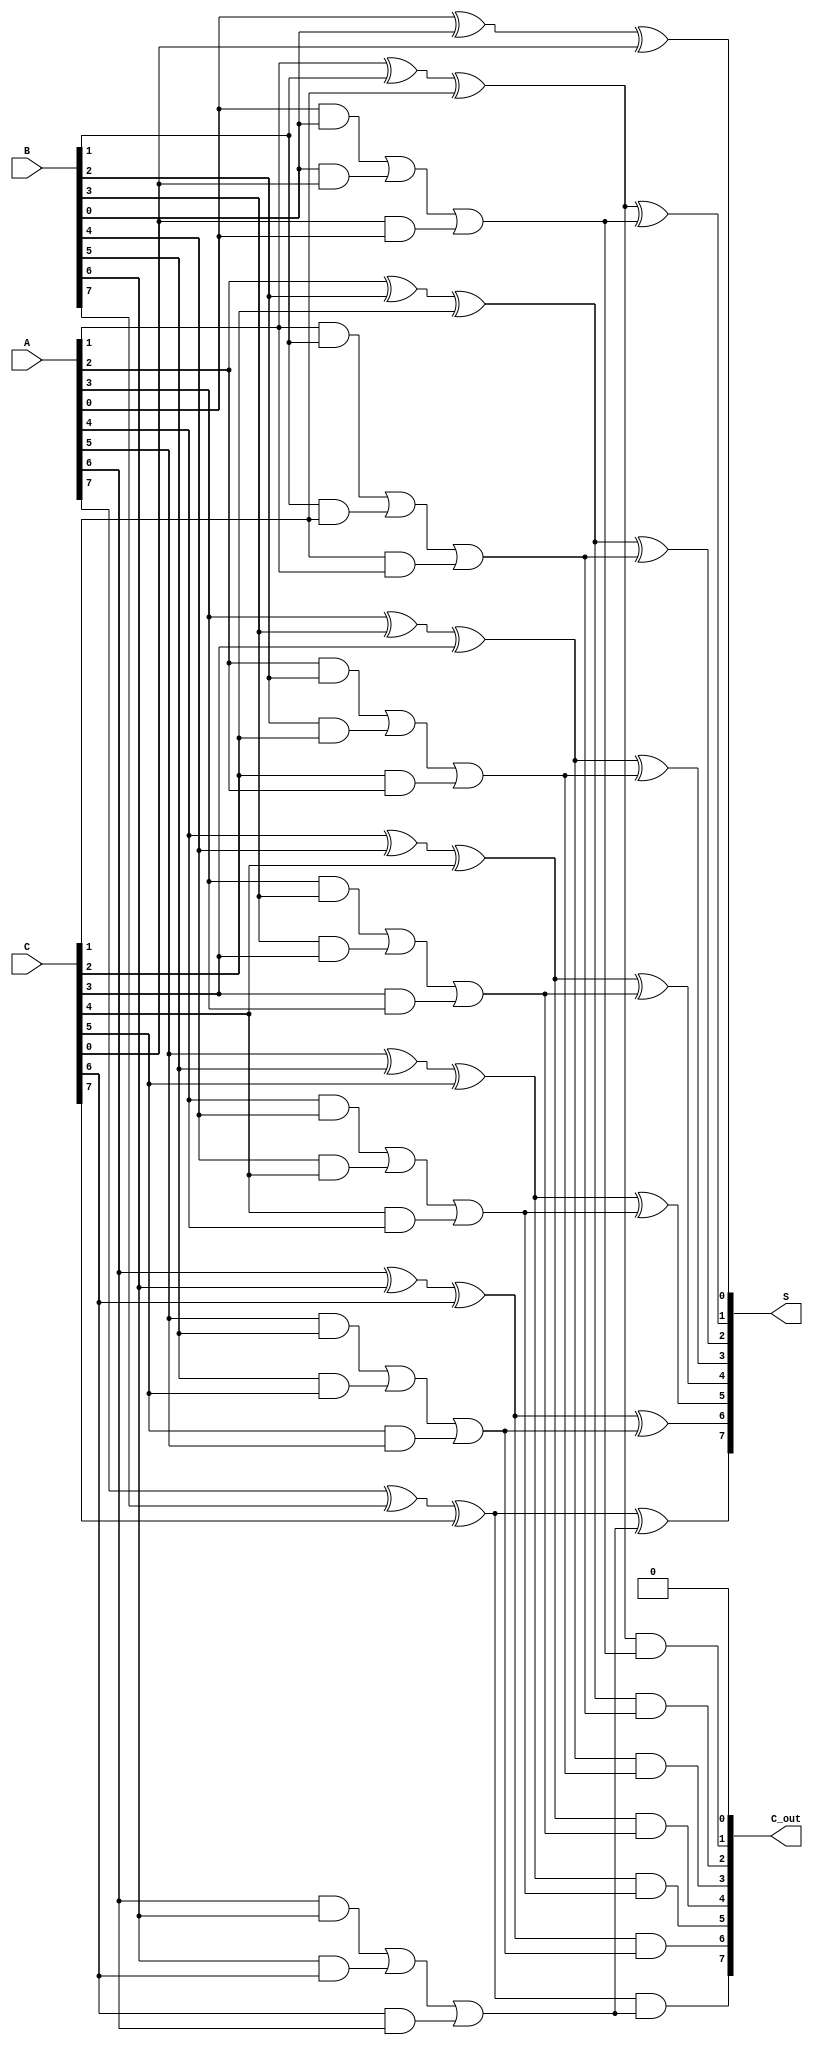
module CarrySaveAdder #(
    parameter N = 8 // Bit-width of the operands
)(
    input  [N-1:0] A, // First operand
    input  [N-1:0] B, // Second operand
    input  [N-1:0] C, // Third operand
    output [N-1:0] S, // Sum output
    output [N-1:0] C_out // Carry output
);

    // Intermediate sums and carries
    wire [N-1:0] S1, C1; // Outputs from first stage
    wire [N-1:0] S2, C2; // Outputs from second stage

    // Stage 1: Full adders for A, B, and C
    genvar i;
    generate
        for (i = 0; i < N; i = i + 1) begin : fa_stage1
            wire a, b, c; // Inputs to full adder
            assign a = A[i];
            assign b = B[i];
            assign c = C[i];

            // Full adder logic
            assign S1[i] = a ^ b ^ c; // Sum output
            assign C1[i] = (a & b) | (b & c) | (c & a); // Carry output
        end
    endgenerate

    // Stage 2: Combine the results from stage 1
    generate
        for (i = 0; i < N; i = i + 1) begin : fa_stage2
            wire s1, c1; // Inputs to second stage full adder
            assign s1 = S1[i];
            assign c1 = (i == 0) ? 1'b0 : C1[i-1]; // Carry from previous stage

            // Full adder logic for stage 2
            assign S2[i] = s1 ^ c1; // Final sum output
            assign C2[i] = s1 & c1; // Final carry output
        end
    endgenerate

    // Final stage: Combine the last carry to get final outputs
    assign C_out = C2; // The carry output
    assign S = S2; // The final sum output

endmodule